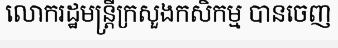
លោករដ្ឋមន្ត្រីក្រសួងកសិកម្ម បានចេញ